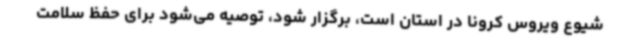
شیوع ویروس کرونا در استان است، برگزار شود، توصیه می‌شود برای حفظ سلامت